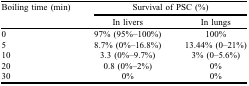
<table><thead><tr><td><b>Boiling time (min)</b></td><td colspan="2"><b>Survival of PSC (%)</b></td></tr><tr><td></td><td><b>In livers</b></td><td><b>In lungs</b></td></tr></thead><tbody><tr><td>0</td><td>97% (95%–100%)</td><td>100%</td></tr><tr><td>5</td><td>8.7% (0%–16.8%) </td><td>13.44% (0–21%)</td></tr><tr><td>10</td><td>3.3 (0%–9.7%)</td><td>3% (0–5.6%)</td></tr><tr><td>20</td><td>0.8 (0%–2%)</td><td>0%</td></tr><tr><td>30</td><td>0%</td><td>0%</td></tr></tbody></table>